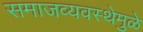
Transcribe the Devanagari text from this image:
समाजव्यवस्थेमुळे